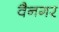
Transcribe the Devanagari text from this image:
वैनगर